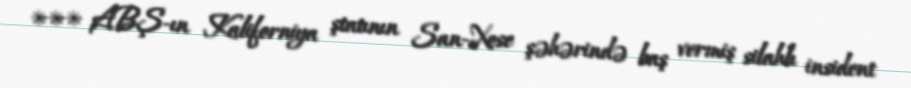
*** ABŞ-ın Kaliforniya ştatının San-Xose şəhərində baş vermiş silahlı insident